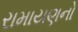
રામાયણનો